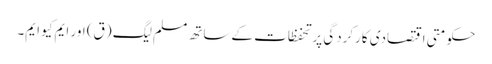
حکومتی اقتصادی کارکردگی پر تحفظات کے ساتھ مسلم لیگ (ق) اور ایم کیو ایم۔